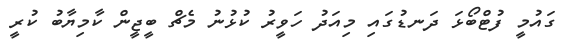
ގައުމީ ފުޓްބޯޅަ ދަނޑުގައި މިއަދު ހަވީރު ކުޅުނު މެޗް ބީޖީން ކާމިޔާބު ކުރީ